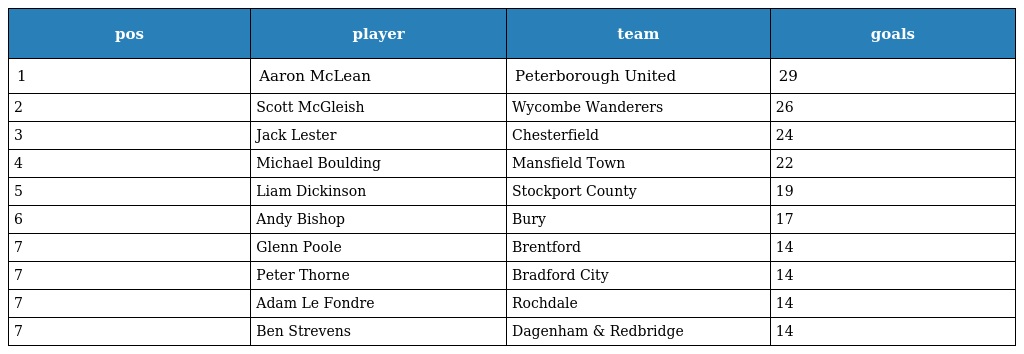
| pos | player | team | goals |
 | --- | --- | --- | --- |
 | 1 | Aaron McLean | Peterborough United | 29 |
 | 2 | Scott McGleish | Wycombe Wanderers | 26 |
 | 3 | Jack Lester | Chesterfield | 24 |
 | 4 | Michael Boulding | Mansfield Town | 22 |
 | 5 | Liam Dickinson | Stockport County | 19 |
 | 6 | Andy Bishop | Bury | 17 |
 | 7 | Glenn Poole | Brentford | 14 |
 | 7 | Peter Thorne | Bradford City | 14 |
 | 7 | Adam Le Fondre | Rochdale | 14 |
 | 7 | Ben Strevens | Dagenham & Redbridge | 14 |